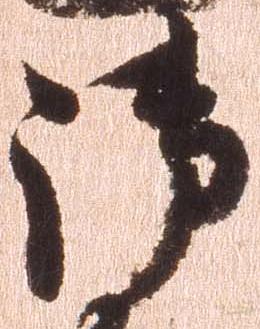
御